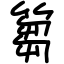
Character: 篘